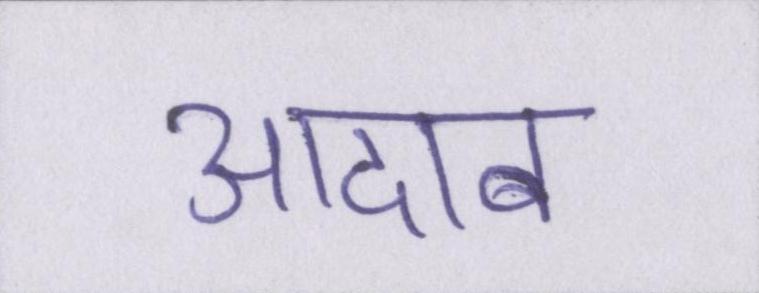
आदाब